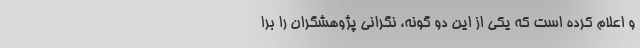
و اعلام کرده است که یکی از این‌‌ دو گونه، نگرانی پژوهشگران را برا